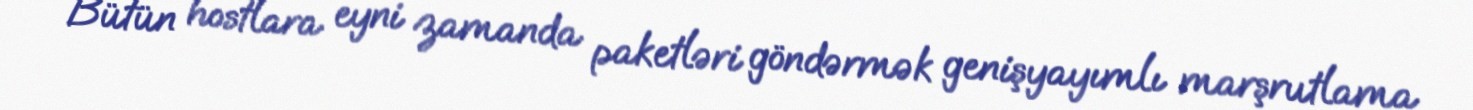
Bütün hostlara eyni zamanda paketləri göndərmək genişyayımlı marşrutlama